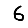
Digit: 6